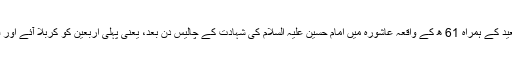
وہ عطیہ (یا عطاء) بن سعید کے ہمراہ 61 ھ کے واقعہ عاشورہ میں امام حسین علیہ السلام کی شہادت کے چالیس دن بعد، یعنی پہلی اربعین کو کربلا آئے اور قبر حسین کی زيارت کی۔